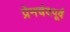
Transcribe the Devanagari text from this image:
प्रेमचंदपूर्व